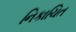
નિકાચિત